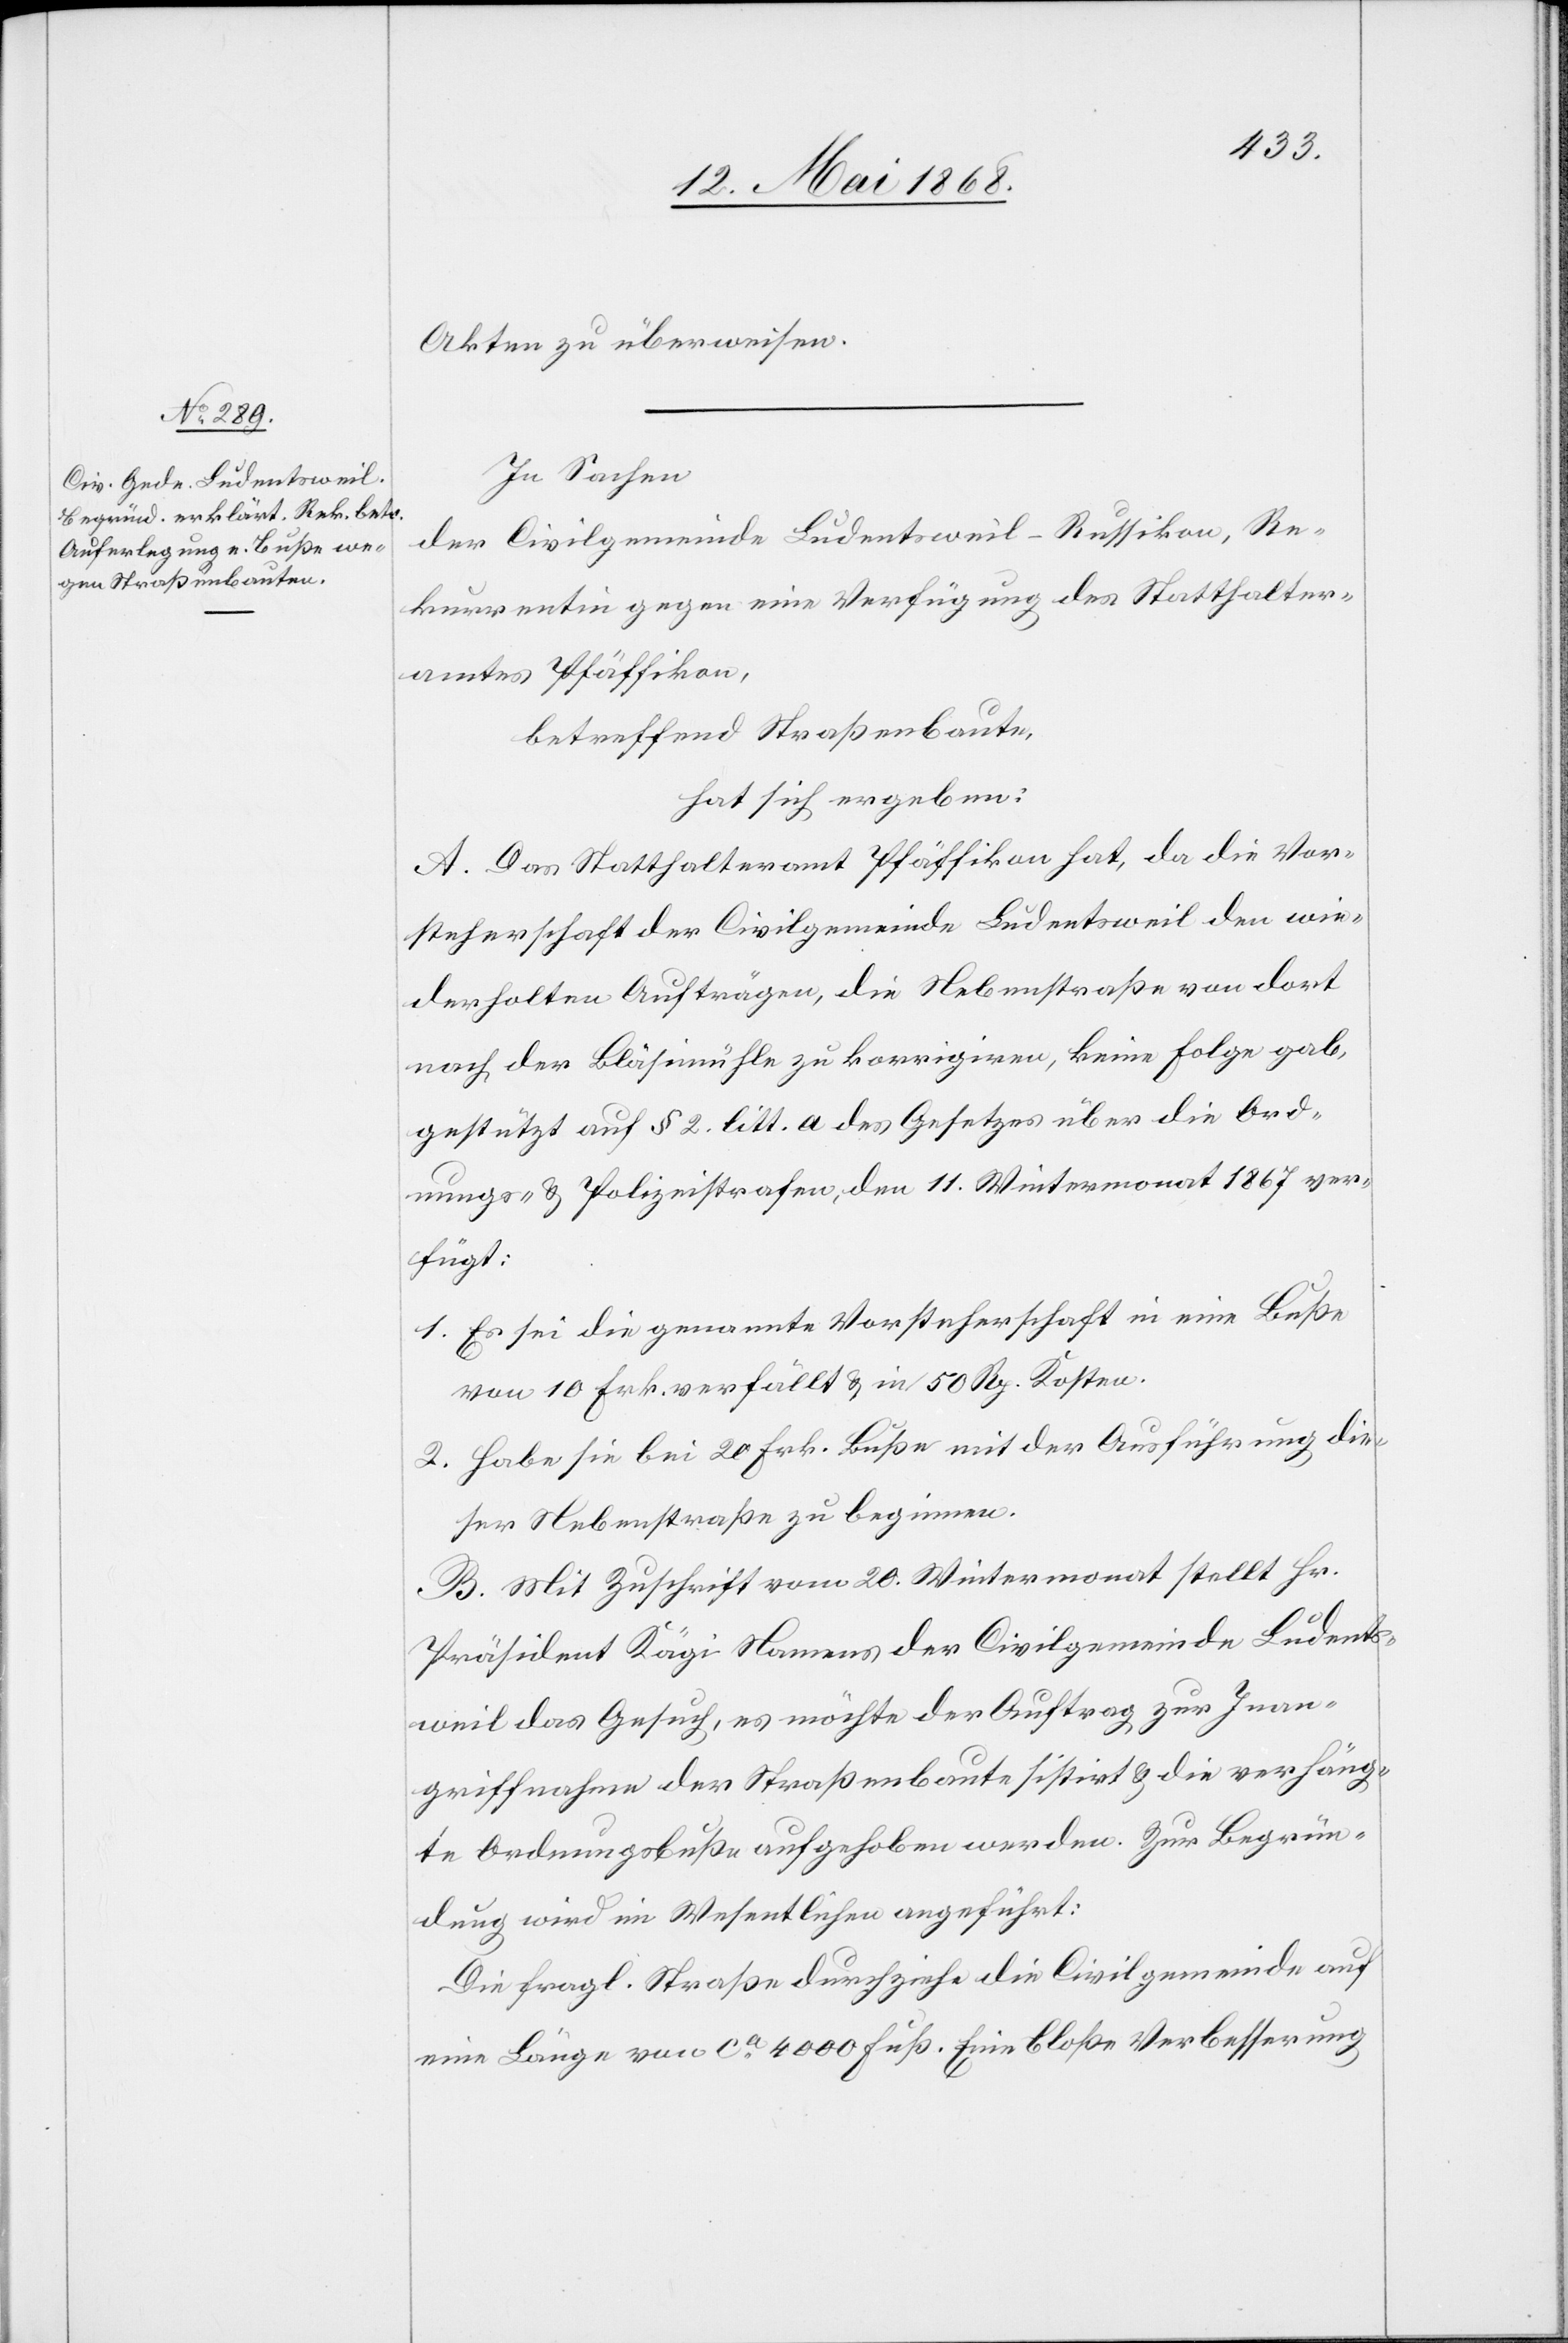
Akten zu überweisen.
In Sachen
der Civilgemeinde Ludentsweil-Russikon, Re¬
kurrentin gegen eine Verfügung des Statthalter¬
amtes Pfäffikon,
betreffend Straßenbaute,
hat sich ergeben:
A. Das Statthalteramt Pfäffikon hat, da die Vor¬
steherschaft der Civilgemeinde Ludentsweil den wie¬
derholten Aufträgen, die Nebenstraße von dort
nach der Bläsimühle zu korrigiren, keine Folge gab,
gestützt auf § 2. litt. a des Gesetzes über die Ord¬
nungs- & Polizeistrafen, den 11. Wintermonat 1867 ver¬
fügt:
Es sei die genannte Vorsteherschaft in eine Buße
von 10 Frk. verfällt & in 50 Rp. Kosten.
Habe sie bei 20 Frk. Buße mit der Ausführung die¬
ser Nebenstraße zu beginnen.
B. Mit Zuschrift vom 20. Wintermonat stellt Hr.
Präsident Kägi Namens der Civilgemeinde Ludents¬
weil das Gesuch, es möchte der Auftrag zur Inan¬
griffnahme der Straßenbaute sistirt & die verhäng¬
te Ordnungsbuße aufgehoben werden. Zur Begrün¬
dung wird im Wesentlichen angeführt:
Die fragl. Straße durchziehe die Civilgemeinde auf
eine Länge von ca. 4000 Fuß. Eine bloße Verbesserung